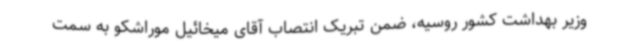
وزیر بهداشت کشور روسیه، ضمن تبریک انتصاب آقای میخائیل موراشکو به سمت